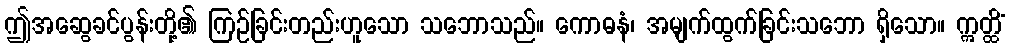
ဤအဆွေခင်ပွန်းတို့၏ ကြဉ်ခြင်းတည်းဟူသော သဘောသည်။ ကောဓနံ၊ အမျက်ထွက်ခြင်းသဘော ရှိသော။ ဣတ္ထိံ